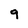
Character: 9